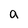
Character: a